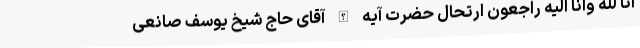
انا لله وانا الیه راجعون ارتحال حضرت آیه الله آقای حاج شیخ یوسف صانعی